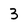
Character: 3